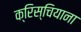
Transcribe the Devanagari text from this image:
क्रिस्चियाना